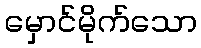
မှောင်မိုက်သော